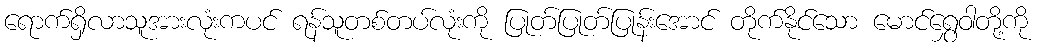
ရောက်ရှိလာသူအားလုံးကပင် ရန်သူတစ်တပ်လုံးကို ပြုတ်ပြုတ်ပြုန်းအောင် တိုက်နိုင်သော မောင်ရွှေဝါတို့ကို